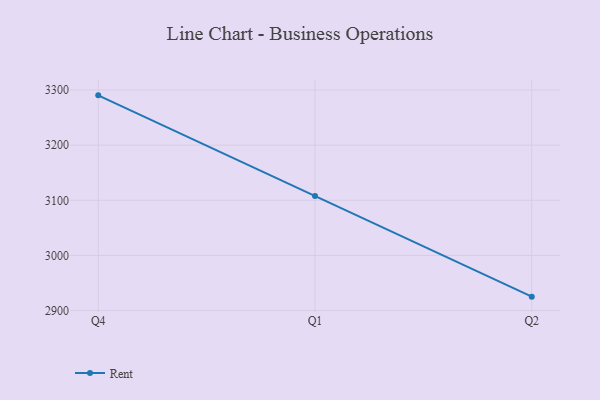
{"axis": {"x": "Quarter", "y": "Population (Million)"}, "legend": ["Rent"], "data": [{"x": "Q4", "y": 3290.3, "type": "Rent"}, {"x": "Q1", "y": 3107.9, "type": "Rent"}, {"x": "Q2", "y": 2925.3, "type": "Rent"}]}